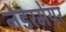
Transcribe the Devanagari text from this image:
नेडरमेयर